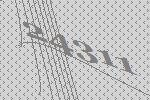
24311